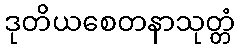
ဒုတိယစေတနာသုတ္တံ